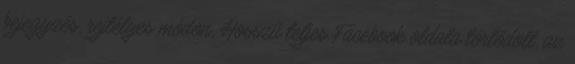
bejegyzés, rejtélyes módon, Hosszú teljes Facebook oldala törlődött, az